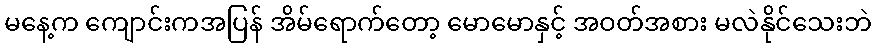
မနေ့က ကျောင်းကအပြန် အိမ်ရောက်တော့ မောမောနှင့် အဝတ်အစား မလဲနိုင်သေးဘဲ